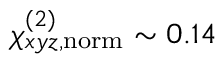
\chi _ { x y z , \mathrm { n o r m } } ^ { ( 2 ) } \sim 0 . 1 4